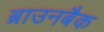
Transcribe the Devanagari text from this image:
ब्राउनबैक